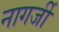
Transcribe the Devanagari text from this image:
नागर्जी